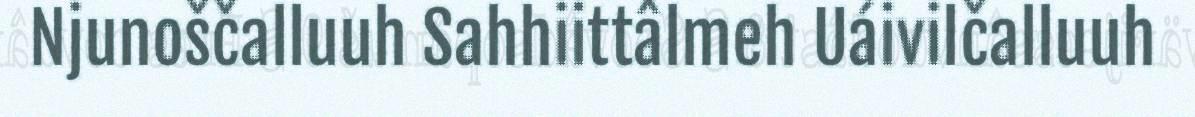
Njunoščalluuh Sahhiittâlmeh Uáivilčalluuh